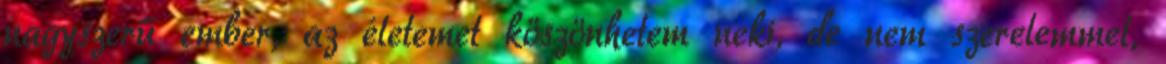
nagyszerű ember, az életemet köszönhetem neki, de nem szerelemmel,